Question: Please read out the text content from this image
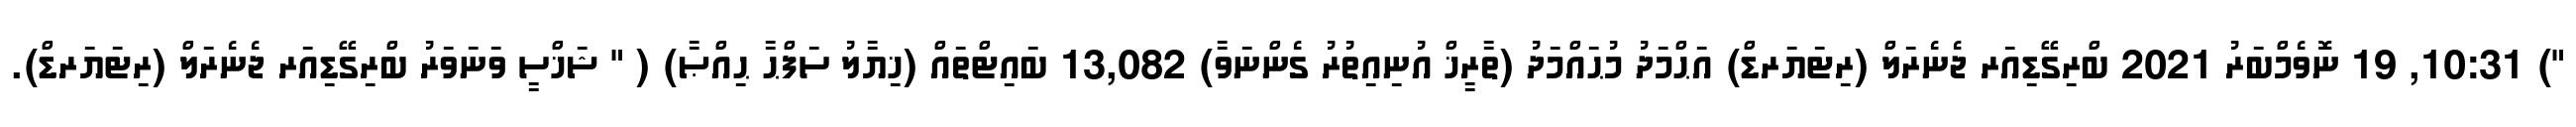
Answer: ") 10:31, 19 ނޮވެމްބަރު 2021 ބްރިގޭޑިއަރ ޖެނެރަލް (ރިޓަޔަރޑް) އަޙްމަދު މުޙައްމަދު (ތާރީޚް އުނިއިތުރު ގެންނަވާ) 13,082 ބައިޓްތައް (ޚިޔާލު ސަފްޙާ ޙިއްޞާ) ( " ޝަޚްސީ ވަނަވަރު ބްރިގޭޑިއަރ ޖެނެރަލް (ރިޓަޔަރޑް).